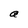
Character: a